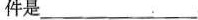
件是___。